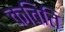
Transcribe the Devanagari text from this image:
कविति